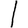
Digit: 1